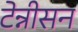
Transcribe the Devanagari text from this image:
टेन्नीसन